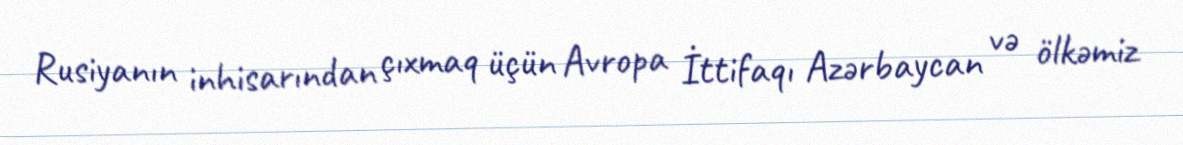
Rusiyanın inhisarından çıxmaq üçün Avropa İttifaqı Azərbaycan və ölkəmiz